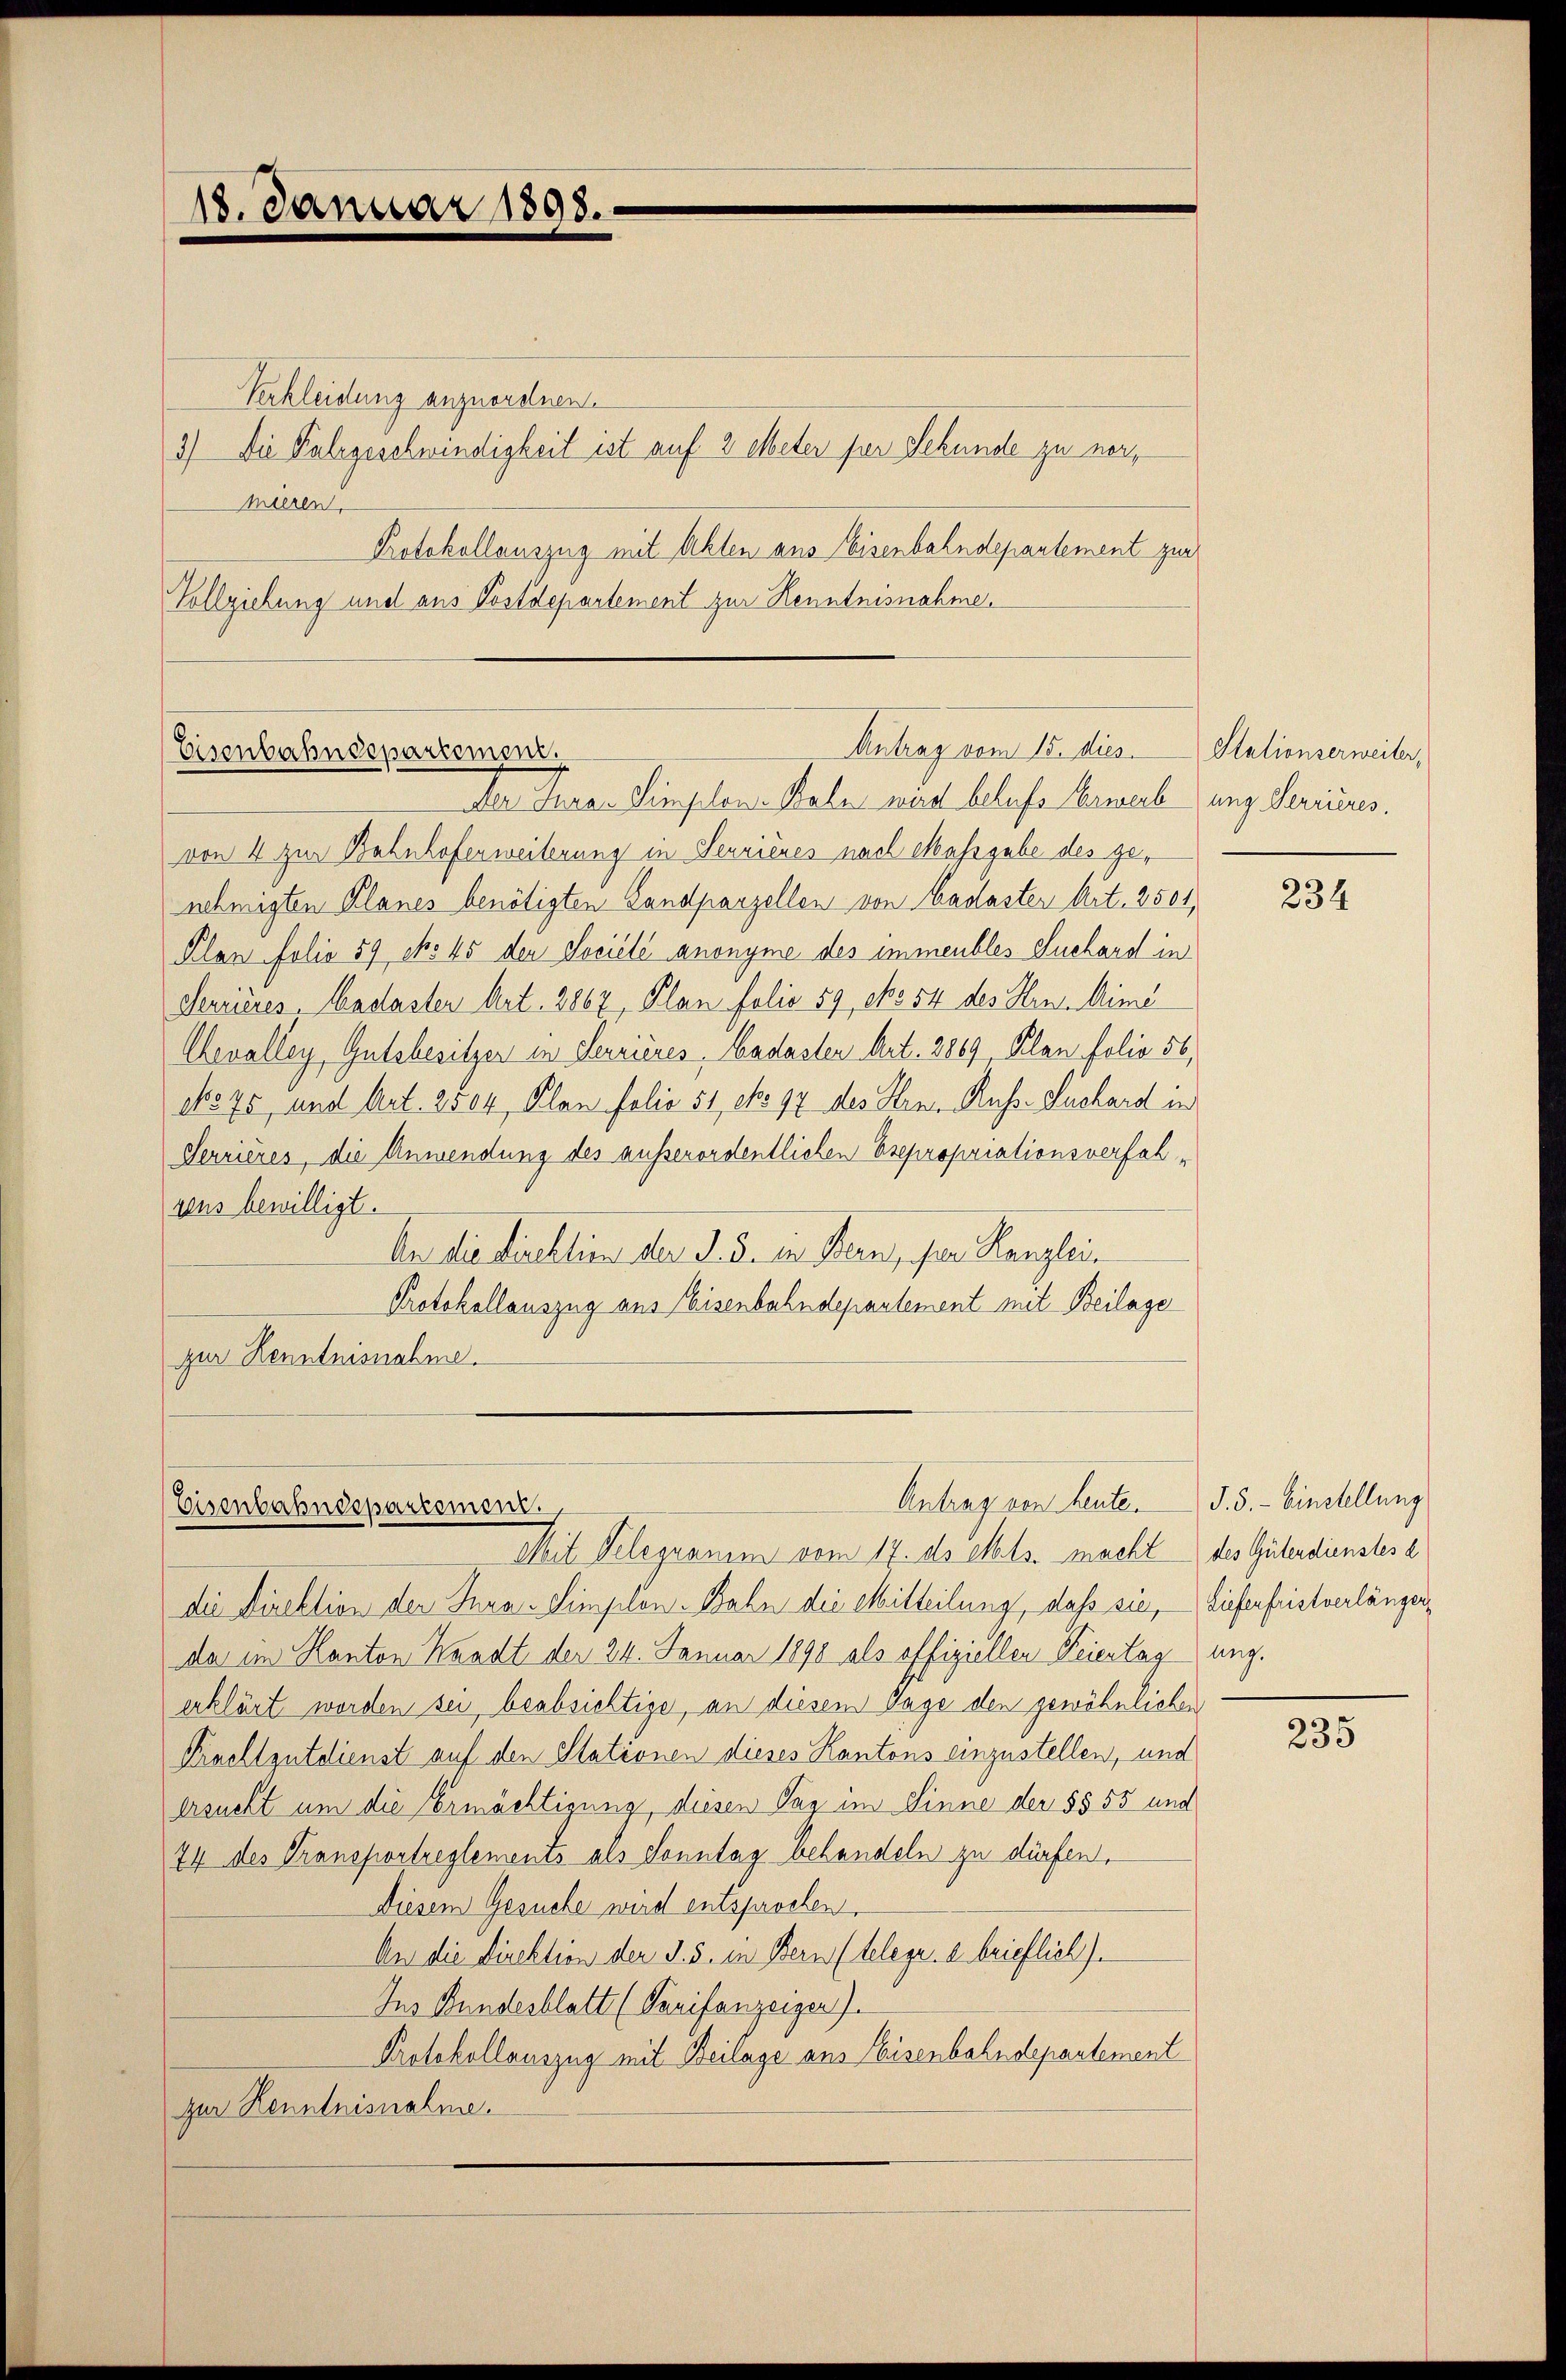
18. Januar 1898.

Verkleidung anzuordnen.
3) Die Palzgeschwindigkeit ist auf 2 ebeter per Sekunde zu noch,
mieren,
Protokollauszug mit Akten aus Eisenbahndepantement zur
Vollziehung und aus Postdepartement zur Kenntnisnahme.

Antrag vom 15. dies Stationserweiter,
Eisenbahndepartemen

Der Juron Simplon Bahn wird behufs Erwerbung Sericires.
von 4 zur Bahnhoferweiterung in Seurieres nach Massgabe des genehmigten Planes benötigten Landparzellen von Kadaster Art. 2501,
Plan folio 59 No 45 den Sociélé anonyme des immeubles Suchard in
derrieres Cadasten Art. 2867, Plan folio 59, eko 54 des Hrn. Mini
Uevalley, Gutsbesitzer in Seuzières, Cadasten Art. 2869, Plan folio 56,
No 75, und Art. 2504, Plan folio 51, No 97 des Hrn. Russ-Suchard in
Serrieres, die Anwendung des ausserordentlichen Esepropriationsverfahrens bewilligt.
An die Direktion der §. 3. in Bern, der Kanzlei
Protokollauszug aus Eisenbahndepartement mit Beilage
zur Kenntnisnahme.

Antrag von heute. S. 3. - Einstellung
Eisenbahndepartemen

Mit Telegramm vom 17. ds ents. macht des Güterdienstes e
Die Direktion der Jural Simplon-Bahn die Mitteilung, daß sie, Tieferfristverlänger,
da im Kanton Knadt der 24. Januar 1898 als offiziellen Feiertagung.
erklärt worden sei beabsichtige, an diesem Tage den gewöhnlichen
Krachtgutdienst auf den Stationen dieses Kantons einzustellen, und
ersucht um die Ermächtigung, diesen Tag im Sinne der §§ 55 und
74 des Transportreglements als Sonntag behandeln zu dürfen.
Diesem Gesuche wird entsprochen.
An die Direktion der §. 5. in Bern (telege. e brieflich).
Ins Bundesblatt (Tarifenzeiger).
Protokollauszug mit Beilage aus Eisenbahndepantement
zur Kenntnisnahme.

234

235